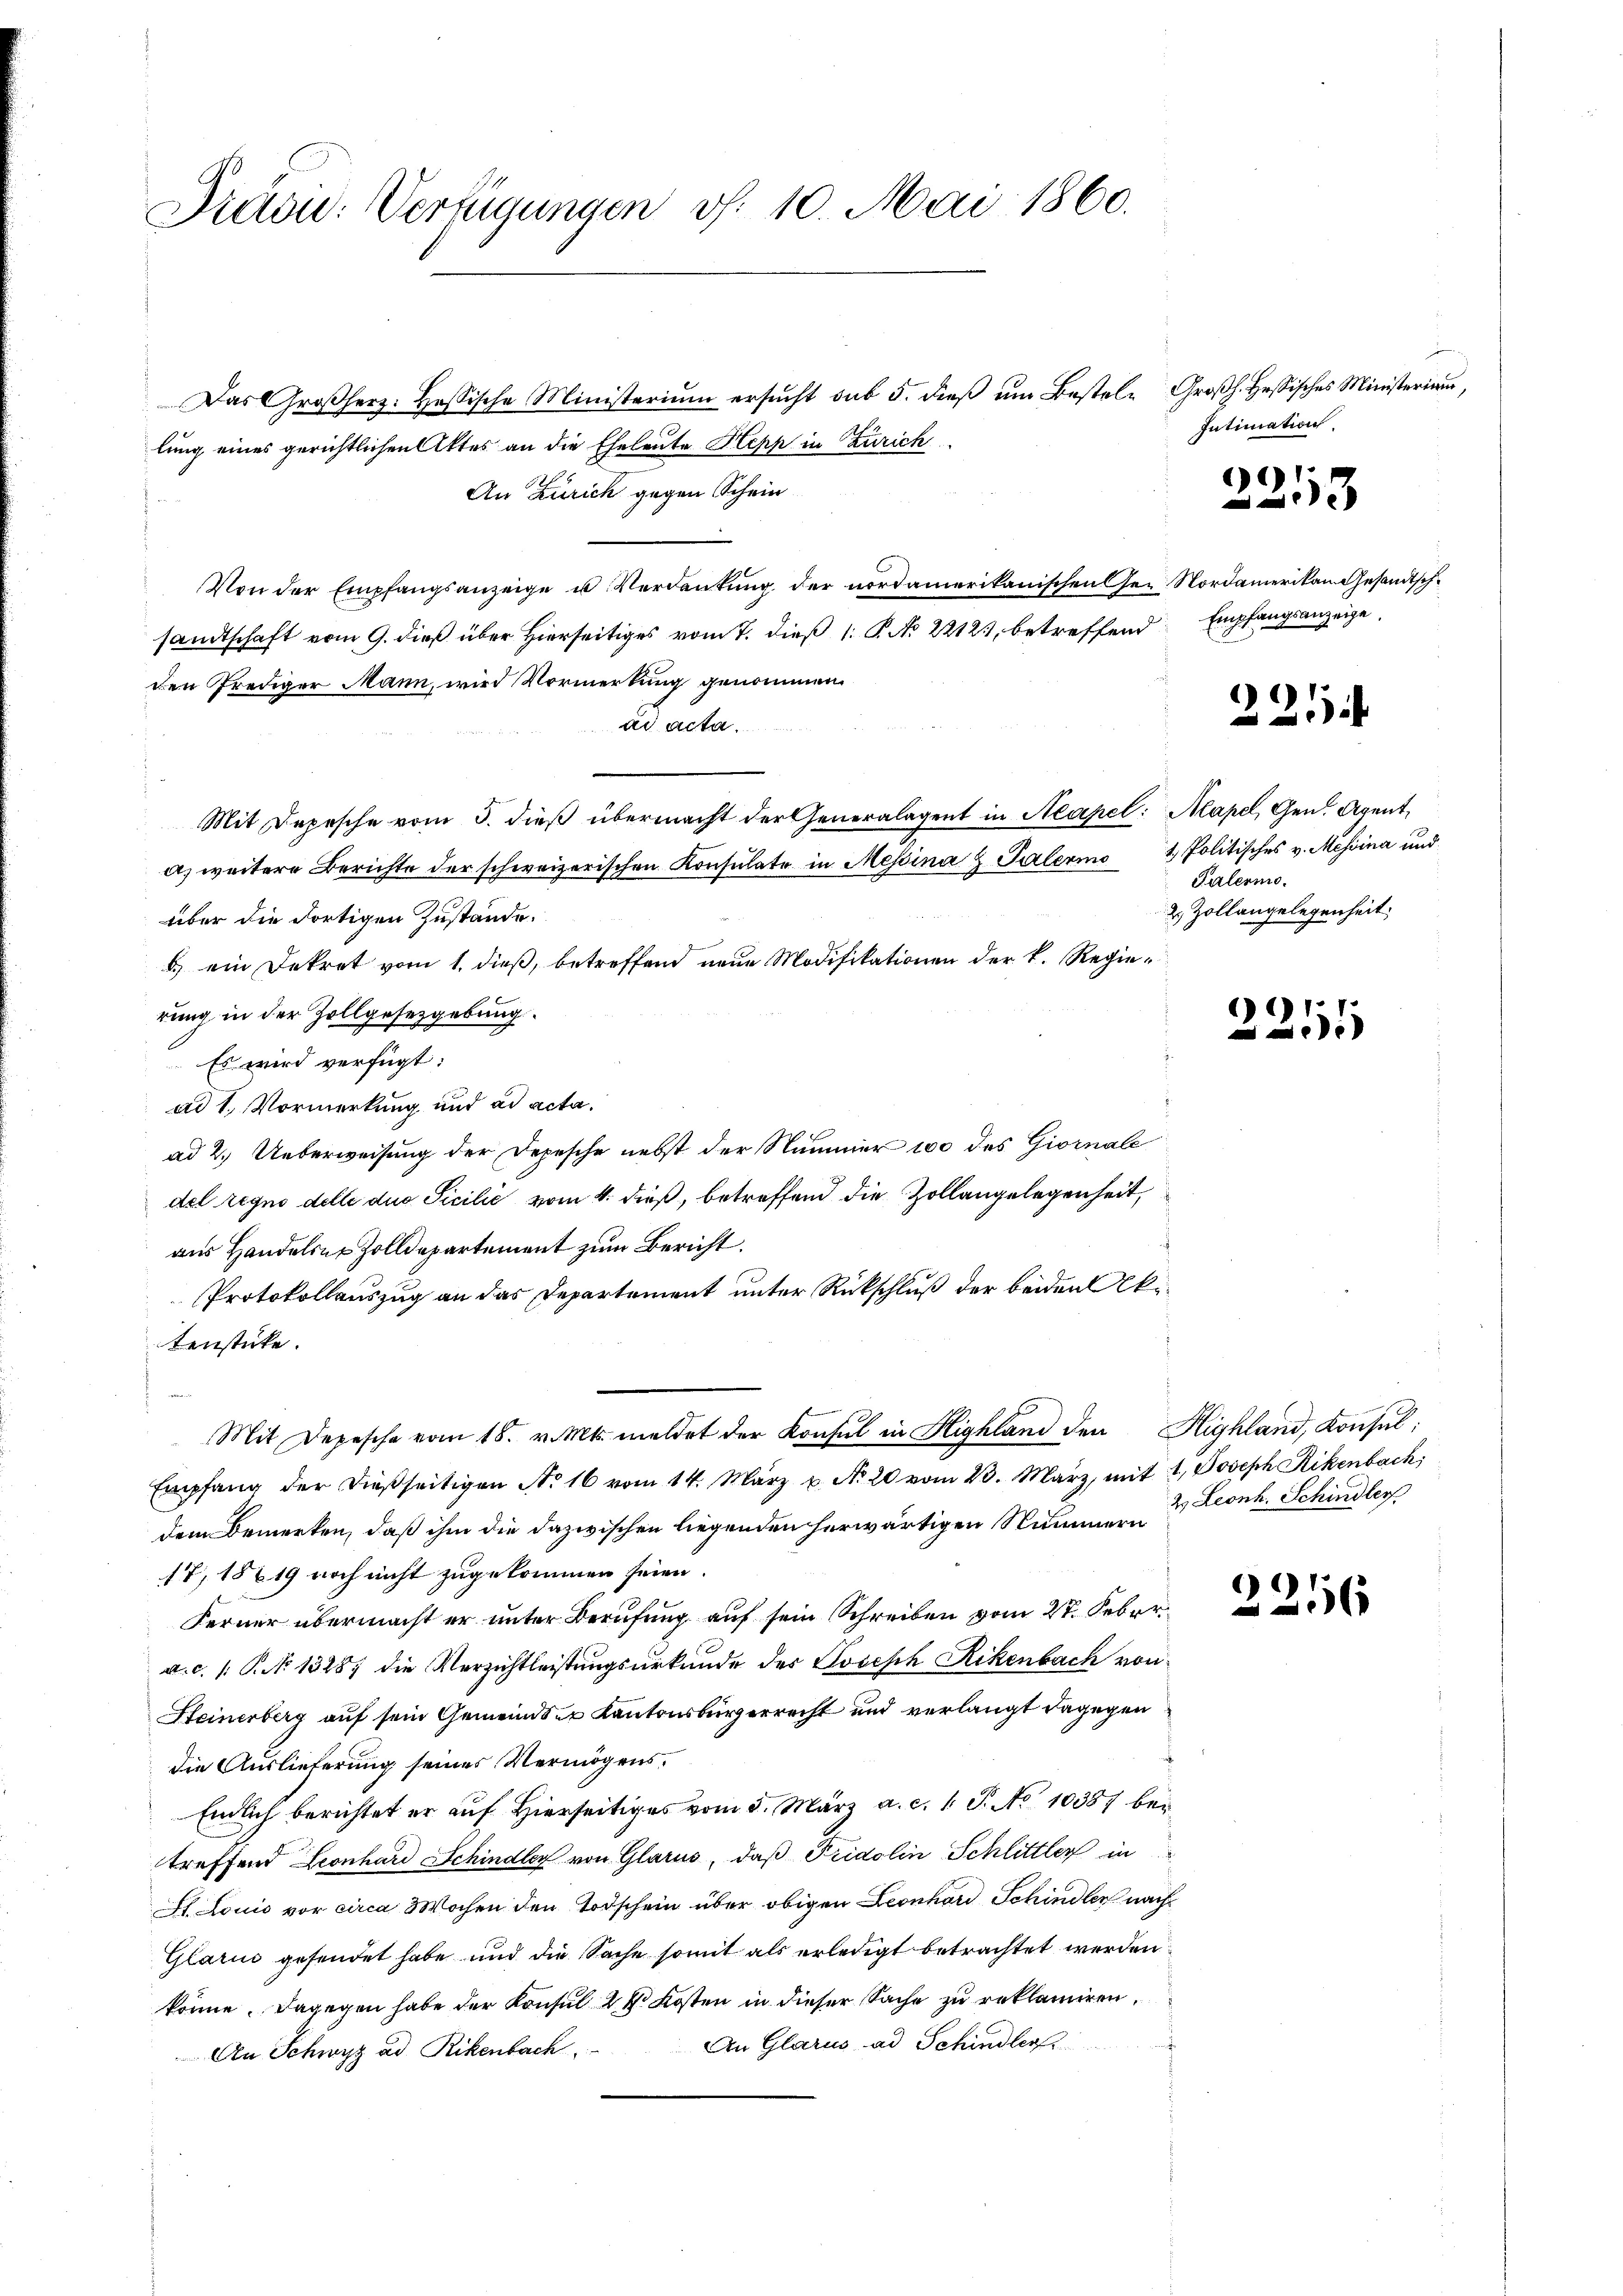
Präsu: Verfügungen v. 10. Mai 1860.

Das Großherz: Hessische Ministerium ersŭcht sub 5. dieβ ŭm Bestel- Groβh. Hessisches Ministerium,
lung eines gerichtlichen Attes an die Eheleute Hepp in Zürich
An Zürich gegen Schein
Von der Empfangsanzeige u Verdankung der nordamerikanischen Ge- Nordamerikan Gesandtschsandtschaft vom 9. dieß über Hierseitiges vom 7. dieß 1. P. No 2212, betreffend
den Prediger Mann, wird Vormerkung genommen.
ad acta.
Mit Depesche vom 5. dieß übermacht der Generalagent in Neapel: Mapel, Gen. Agent
a) weitere Berichte der schweizerischen Konsulate in Messina Z Palermo 1 Politisches v. Messina und
über die dortigen Zustande.
b) ein Dekret vom 1. dieß, betreffend neue Modifikationen der k. Regierung in der Zollgesetzgebung.
Es wird verfügt:
ad 1. Vormerkung und ad acta.
ad 2. Ueberweisung der Depesche nebst der Nummer 100 des Giornale
del regno delle die Sicilić vom 4. dieß, betreffend die Zollangelegenheit,
aus Handeln, Zolldepartement zum Bericht.
Protokollauszug an das Departement unter Rückschluß der beiden Akatenstücke.
Mit Depesche vom 18. v. Mts. meldet der Konsul in Highland den Highland, Konsul:
Empfang der dießseitigen No 16 vom 14. März u. N. 20 vom 23. März, mit 1, Joseph Rikenbach,
dem Bemerken, daß ihm die dazwischen liegenden herwärtigen Nummern
17, 187 19 noch nicht zugekommen seien.
Ferner übermacht er unter Berufung auf sein Schreiben vom 27. Feber
a.c. (: P. No 1328; die Verzichtleistungsurkunde des Joseph Rikenbach von
Heinerberg auf sein Gemeinds- & Kantonsbürgerrecht und verlangt dagegen
die Auslieferung seines Vermögens¬
Endlich berichtet er auf Hierseitiges vom 5. März a. c. 1 S. No 10387 bei
treffend Leonhard Schindler von Glarus, daß Pridolin Schlittler in
St. Louis vor circa Wochen den Todschein über obigen Leonhard Schindler nach
Glarus gesendet habe und die Sache somit als erledigt betrachtet werden
könne. Dagegen habe der Konsul 24. Kosten in dieser Sache zu reklamiren.
An Glarus ad Schindler
An Schwyz ad Rikenbach

Intimation.

)
3

Empfangsanzeige.

221

Paterio.
2 Zollangelegenheit.

3211

2. Leonh. Schindler

2216